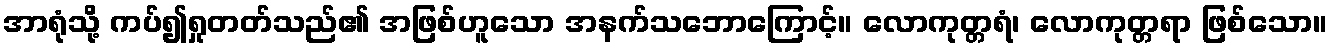
အာရုံသို့ ကပ်၍ရှုတတ်သည်၏ အဖြစ်ဟူသော အနက်သဘောကြောင့်။ လောကုတ္တရံ၊ လောကုတ္တရာ ဖြစ်သော။